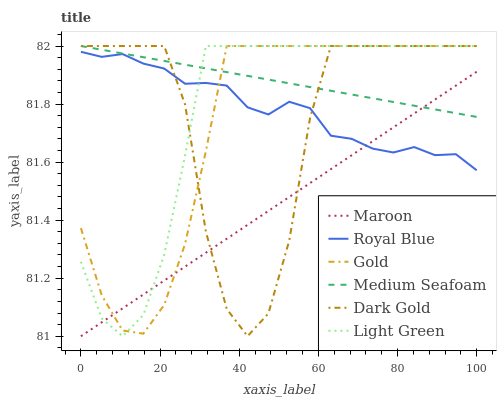
| xaxis_label | Maroon | Royal Blue | Gold | Medium Seafoam | Dark Gold | Light Green |
 | --- | --- | --- | --- | --- | --- | --- |
 | 0 | 81 | 82 | 81.4 | 82 | 82 | 81.3 |
 | 5.26 | 81 | 82 | 81.1 | 82 | 82 | 81.1 |
 | 10.5 | 81.1 | 82 | 81 | 82 | 82 | 81 |
 | 15.8 | 81.1 | 81.9 | 81 | 82 | 82 | 81.1 |
 | 21.1 | 81.2 | 81.9 | 81.1 | 81.9 | 82 | 81.3 |
 | 26.3 | 81.2 | 81.9 | 81.3 | 81.9 | 81.8 | 81.6 |
 | 31.6 | 81.3 | 81.9 | 81.6 | 81.9 | 81.4 | 82 |
 | 36.8 | 81.3 | 81.9 | 82 | 81.9 | 81.1 | 82 |
 | 42.1 | 81.4 | 81.8 | 82 | 81.9 | 81 | 82 |
 | 47.4 | 81.4 | 81.8 | 82 | 81.9 | 81.1 | 82 |
 | 52.6 | 81.5 | 81.8 | 82 | 81.9 | 81.3 | 82 |
 | 57.9 | 81.5 | 81.8 | 82 | 81.9 | 81.8 | 82 |
 | 63.2 | 81.6 | 81.7 | 82 | 81.8 | 82 | 82 |
 | 68.4 | 81.6 | 81.7 | 82 | 81.8 | 82 | 82 |
 | 73.7 | 81.7 | 81.6 | 82 | 81.8 | 82 | 82 |
 | 78.9 | 81.7 | 81.6 | 82 | 81.8 | 82 | 82 |
 | 84.2 | 81.8 | 81.7 | 82 | 81.8 | 82 | 82 |
 | 89.5 | 81.8 | 81.6 | 82 | 81.8 | 82 | 82 |
 | 94.7 | 81.9 | 81.6 | 82 | 81.8 | 82 | 82 |
 | 100 | 81.9 | 81.6 | 82 | 81.8 | 82 | 82 |